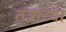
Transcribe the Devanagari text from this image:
तंत्रांच्या